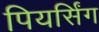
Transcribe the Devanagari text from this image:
पियर्सिंग